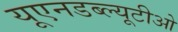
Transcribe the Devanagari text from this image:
यूएनडब्ल्यूटीओ